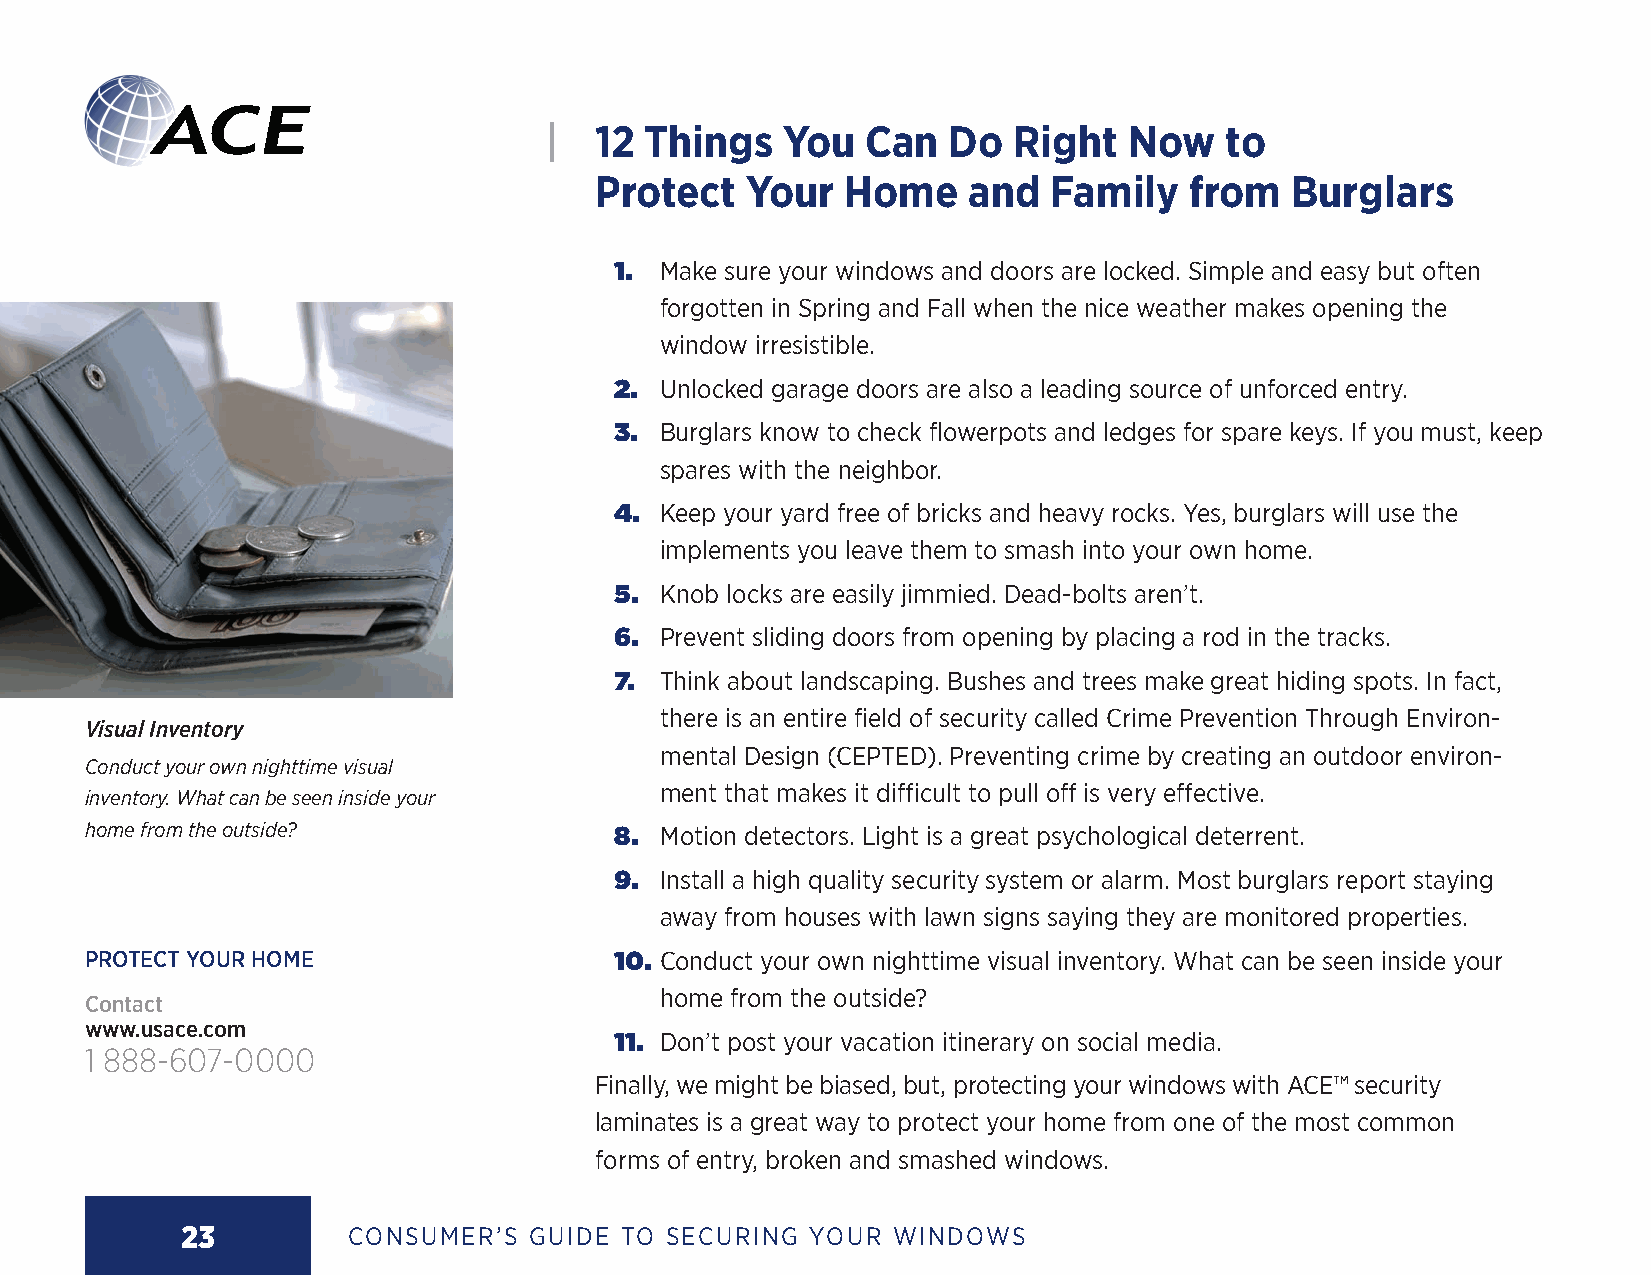
|  12  Things   You  Can   Do  Right   Now   to
 Protect   Your   Home    and   Family   from  Burglars
 1. Make sure your windows and doors are locked. Simple and easy but often
 forgotten in Spring and Fall when the nice weather makes opening the
 window irresistible.
 2. Unlocked garage doors are also a leading source of unforced entry.
 3. Burglars know to check flowerpots and ledges for spare keys. If you must, keep
 spares with the neighbor.
 4. Keep your yard free of bricks and heavy rocks. Yes, burglars will use the
 implements you leave them to smash into your own home.
 5. Knob locks are easily jimmied. Dead-bolts aren’t.
 6. Prevent sliding doors from opening by placing a rod in the tracks.
 7. Think about landscaping. Bushes and trees make great hiding spots. In fact,
 there is an entire field of security called Crime Prevention Through Environ-
 Visual Inventory
 mental Design (CEPTED). Preventing crime by creating an outdoor environ-
 Conduct your own nighttime visual
 ment that makes it difficult to pull off is very effective.
 inventory. What can be seen inside your
 home from the outside?             8. Motion detectors. Light is a great psychological deterrent.
 9. Install a high quality security system or alarm. Most burglars report staying
 away from houses with lawn signs saying they are monitored properties.
 PROTECT YOUR HOME                  10. Conduct your own nighttime visual inventory. What can be seen inside your
 home from the outside?
 Contact
 www.usace.com
 11. Don’t post your vacation itinerary on social media.
 1 888-607-0000
 Finally, we might be biased, but, protecting your windows with ACE™ security
 laminates is a great way to protect your home from one of the most common
 forms of entry, broken and smashed windows.
 23         CONSUMER’S  GUIDE TO SECURING YOUR  WINDOWS